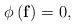
LaTeX: \begin{align*}\phi \left( \mathbf{f} \right)=0,\end{align*}